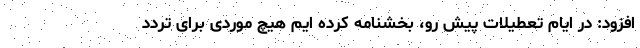
افزود: در ایام تعطیلات پیش رو، بخشنامه کرده ایم هیچ موردی برای تردد